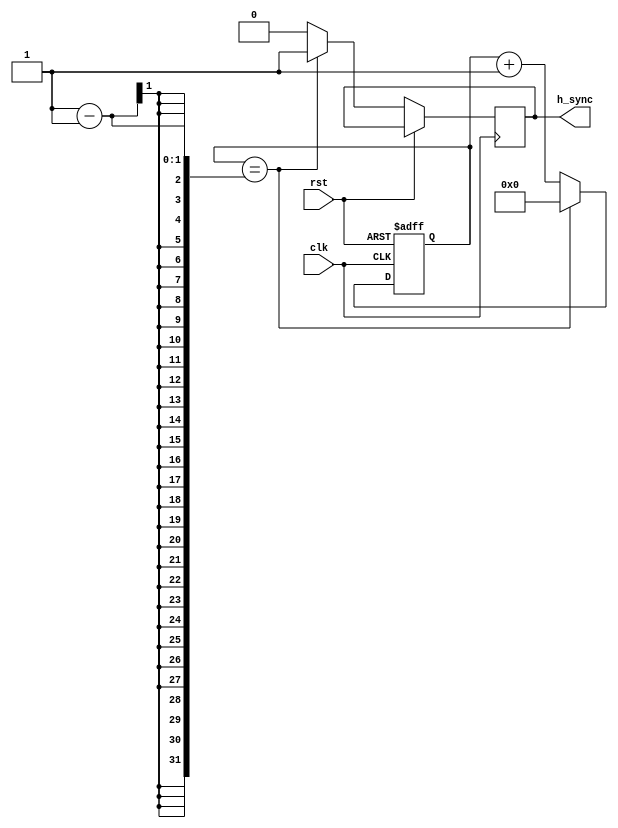
module HorizontalSyncGenerator(
    input clk,
    input rst,
    output h_sync
);

reg [10:0] count;

always @(posedge clk or posedge rst) begin
    if (rst) begin
        count <= 0;
    end else begin
        if (count == H_SYNC_COUNT - 1) begin
            count <= 0;
            h_sync <= 1;
        end else begin
            count <= count + 1;
            h_sync <= 0;
        end
    end
end

endmodule